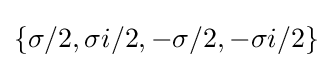
\{\sigma /2,\sigma i/2,-\sigma /2,-\sigma i/2\}